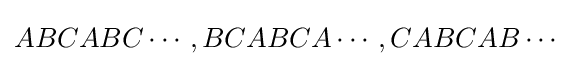
ABCABC\cdots ,BCABCA\cdots ,CABCAB\cdots